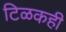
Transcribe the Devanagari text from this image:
टिळकही